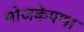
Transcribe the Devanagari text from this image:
मोजकेपणा